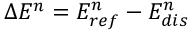
\Delta E ^ { n } = E _ { r e f } ^ { n } - E _ { d i s } ^ { n }